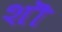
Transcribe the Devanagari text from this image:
शॊ